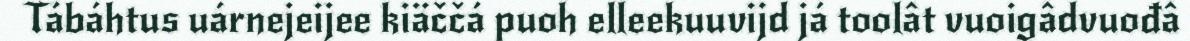
Tábáhtus uárnejeijee kiäččá puoh elleekuuvijd já toolât vuoigâdvuođâ